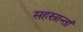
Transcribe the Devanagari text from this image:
सहस्रान्तां